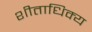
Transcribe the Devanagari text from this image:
शीताधिक्य